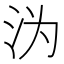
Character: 沩